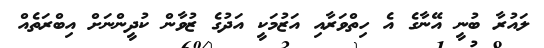
ލައުރާ ބުނީ އޭނާގެ އެ ހިތްވަރާއި އަޒުމަކީ އަދުގެ ޒުވާން ކުދީންނަށް އިބްރަތެއް